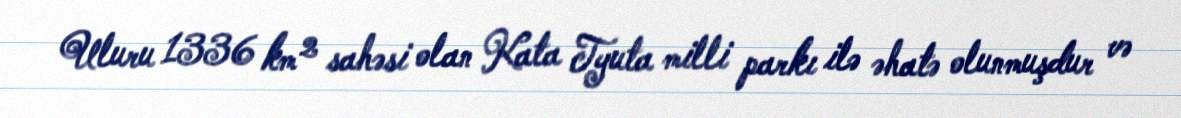
Uluru 1336 km² sahəsi olan Kata Tyuta milli parkı ilə əhatə olunmuşdur və